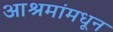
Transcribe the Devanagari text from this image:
आश्रमांमधून